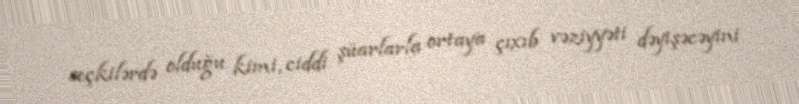
seçkilərdə olduğu kimi, ciddi şüarlarla ortaya çıxıb vəziyyəti dəyişəcəyini